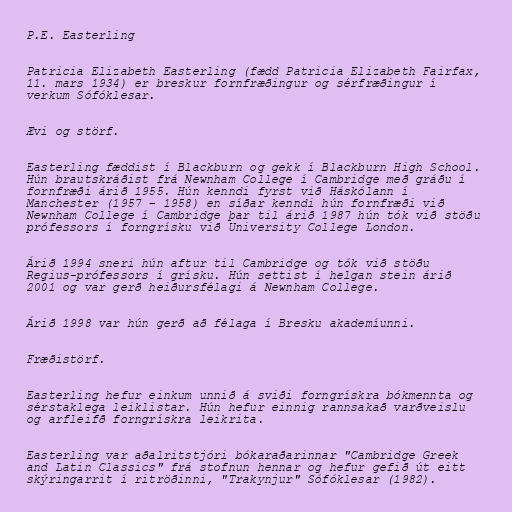
P.E. Easterling

Patricia Elizabeth Easterling (fædd Patricia Elizabeth Fairfax,
11. mars 1934) er breskur fornfræðingur og sérfræðingur í
verkum Sófóklesar.

Ævi og störf.

Easterling fæddist í Blackburn og gekk í Blackburn High School.
Hún brautskráðist frá Newnham College í Cambridge með gráðu í
fornfræði árið 1955. Hún kenndi fyrst við Háskólann í
Manchester (1957 – 1958) en síðar kenndi hún fornfræði við
Newnham College í Cambridge þar til árið 1987 hún tók við stöðu
prófessors í forngrísku við University College London.

Árið 1994 sneri hún aftur til Cambridge og tók við stöðu
Regius-prófessors í grísku. Hún settist í helgan stein árið
2001 og var gerð heiðursfélagi á Newnham College.

Árið 1998 var hún gerð að félaga í Bresku akademíunni.

Fræðistörf.

Easterling hefur einkum unnið á sviði forngrískra bókmennta og
sérstaklega leiklistar. Hún hefur einnig rannsakað varðveislu
og arfleifð forngrískra leikrita.

Easterling var aðalritstjóri bókaraðarinnar "Cambridge Greek
and Latin Classics" frá stofnun hennar og hefur gefið út eitt
skýringarrit í ritröðinni, "Trakynjur" Sófóklesar (1982).